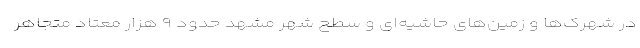
در شهرک‌ها و زمین‌های حاشیه‌ای و سطح شهر مشهد حدود ۹ هزار معتاد متجاهر